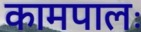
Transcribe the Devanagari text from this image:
कामपालः